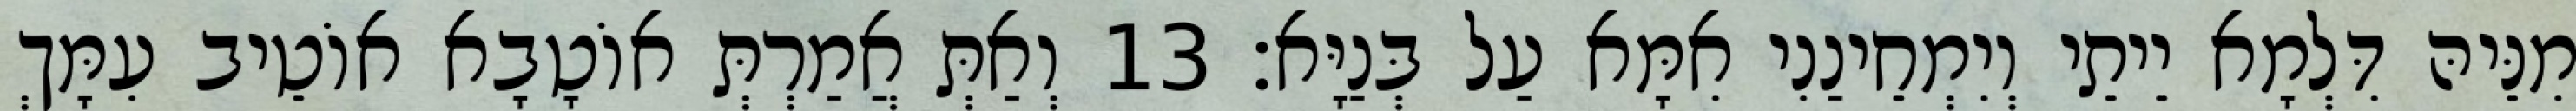
מִנֵּיהּ דִּלְמָא יֵיתֵי וְיִמְחֵינַנִי אִמָּא עַל בְּנַיָּא׃ 13 וְאַתְּ אֲמַרְתְּ אוֹטָבָא אוֹטֵיב עִמָּךְ